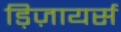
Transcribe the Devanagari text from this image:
ड़िज़ायर्स